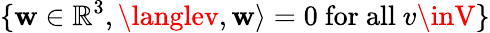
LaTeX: \{ \mathbf{w}\in\mathbb{{R}}^{3},\langlev,\mathbf{w}\rangle=0{\mathrm{{~for~all~}}}v\inV\}